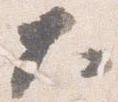
大